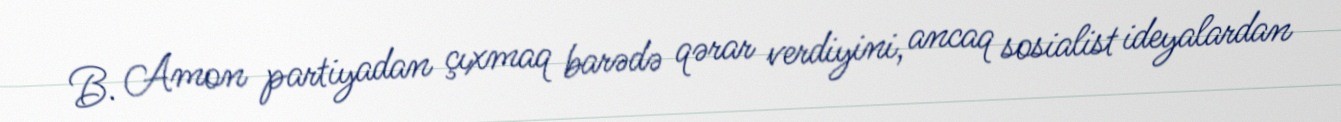
B. Amon partiyadan çıxmaq barədə qərar verdiyini, ancaq sosialist ideyalardan